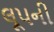
લૂપની